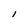
Character: 1